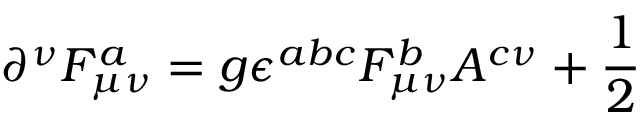
\partial ^ { \nu } F _ { \mu \nu } ^ { a } = g \epsilon ^ { a b c } F _ { \mu \nu } ^ { b } A ^ { c \nu } + \frac 1 2